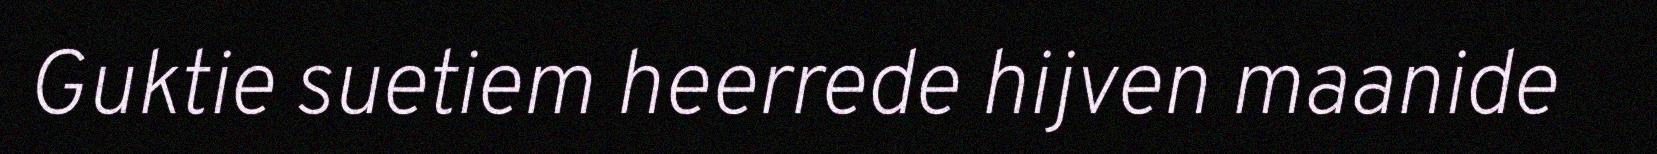
Guktie suetiem heerrede hijven maanide